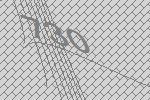
730